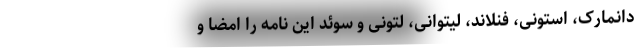
دانمارک، استونی، فنلاند، لیتوانی، لتونی و سوئد این نامه را امضا و